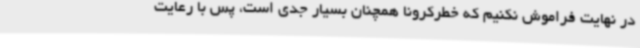
در نهایت فراموش نکنیم که خطرکرونا همچنان بسیار جدی است، پس با رعایت